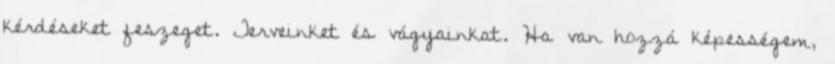
kérdéseket feszeget. Terveinket és vágyainkat. Ha van hozzá képességem,